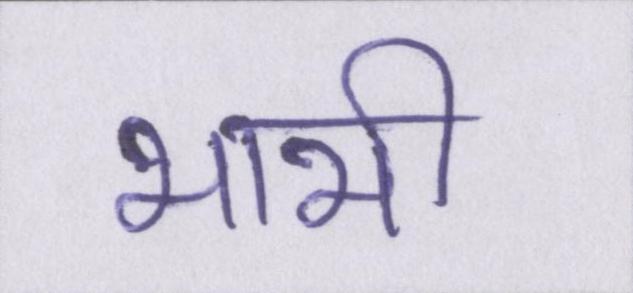
भाभी